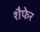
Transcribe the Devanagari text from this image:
शैफेर